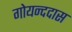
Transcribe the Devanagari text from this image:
गोयन्ददास